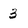
Character: 3